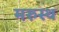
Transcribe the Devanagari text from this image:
मरुस्थ